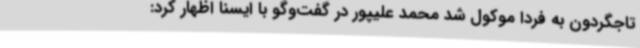
تاجگردون به فردا موکول شد محمد علیپور در گفت‌وگو با ایسنا اظهار کرد: